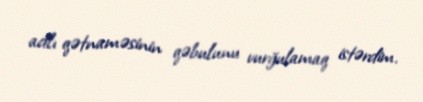
adlı qətnaməsinin qəbulunu vurğulamaq istərdim.